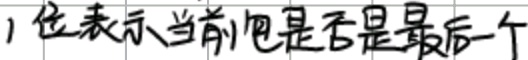
1 位表示当前包是否是最后一个